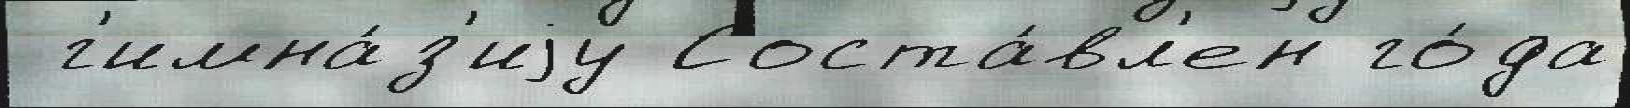
 г'имна́з'иjу Соста́вл'ен го́да